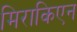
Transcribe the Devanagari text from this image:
मिराकिएन